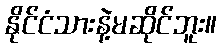
နိုင်ငံသားနဲ့မဆိုင်ဘူး။